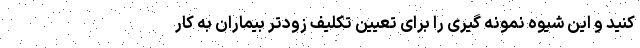
کنید و این شیوه نمونه گیری را برای تعیین تکلیف زودتر بیماران به کار